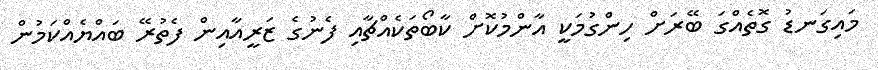
މައިގަނޑު ގޮތެއްގަ ބޭރަށް ހިންގުމަކީ އާންމުކޮށް ކާބޯތަކެއްޗާއި ފެނުގެ ޒަރީއާއިން ފެތުރޭ ބައްޔެއްކަމުން